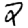
Digit: 2